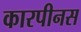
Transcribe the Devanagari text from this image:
कारपीनस